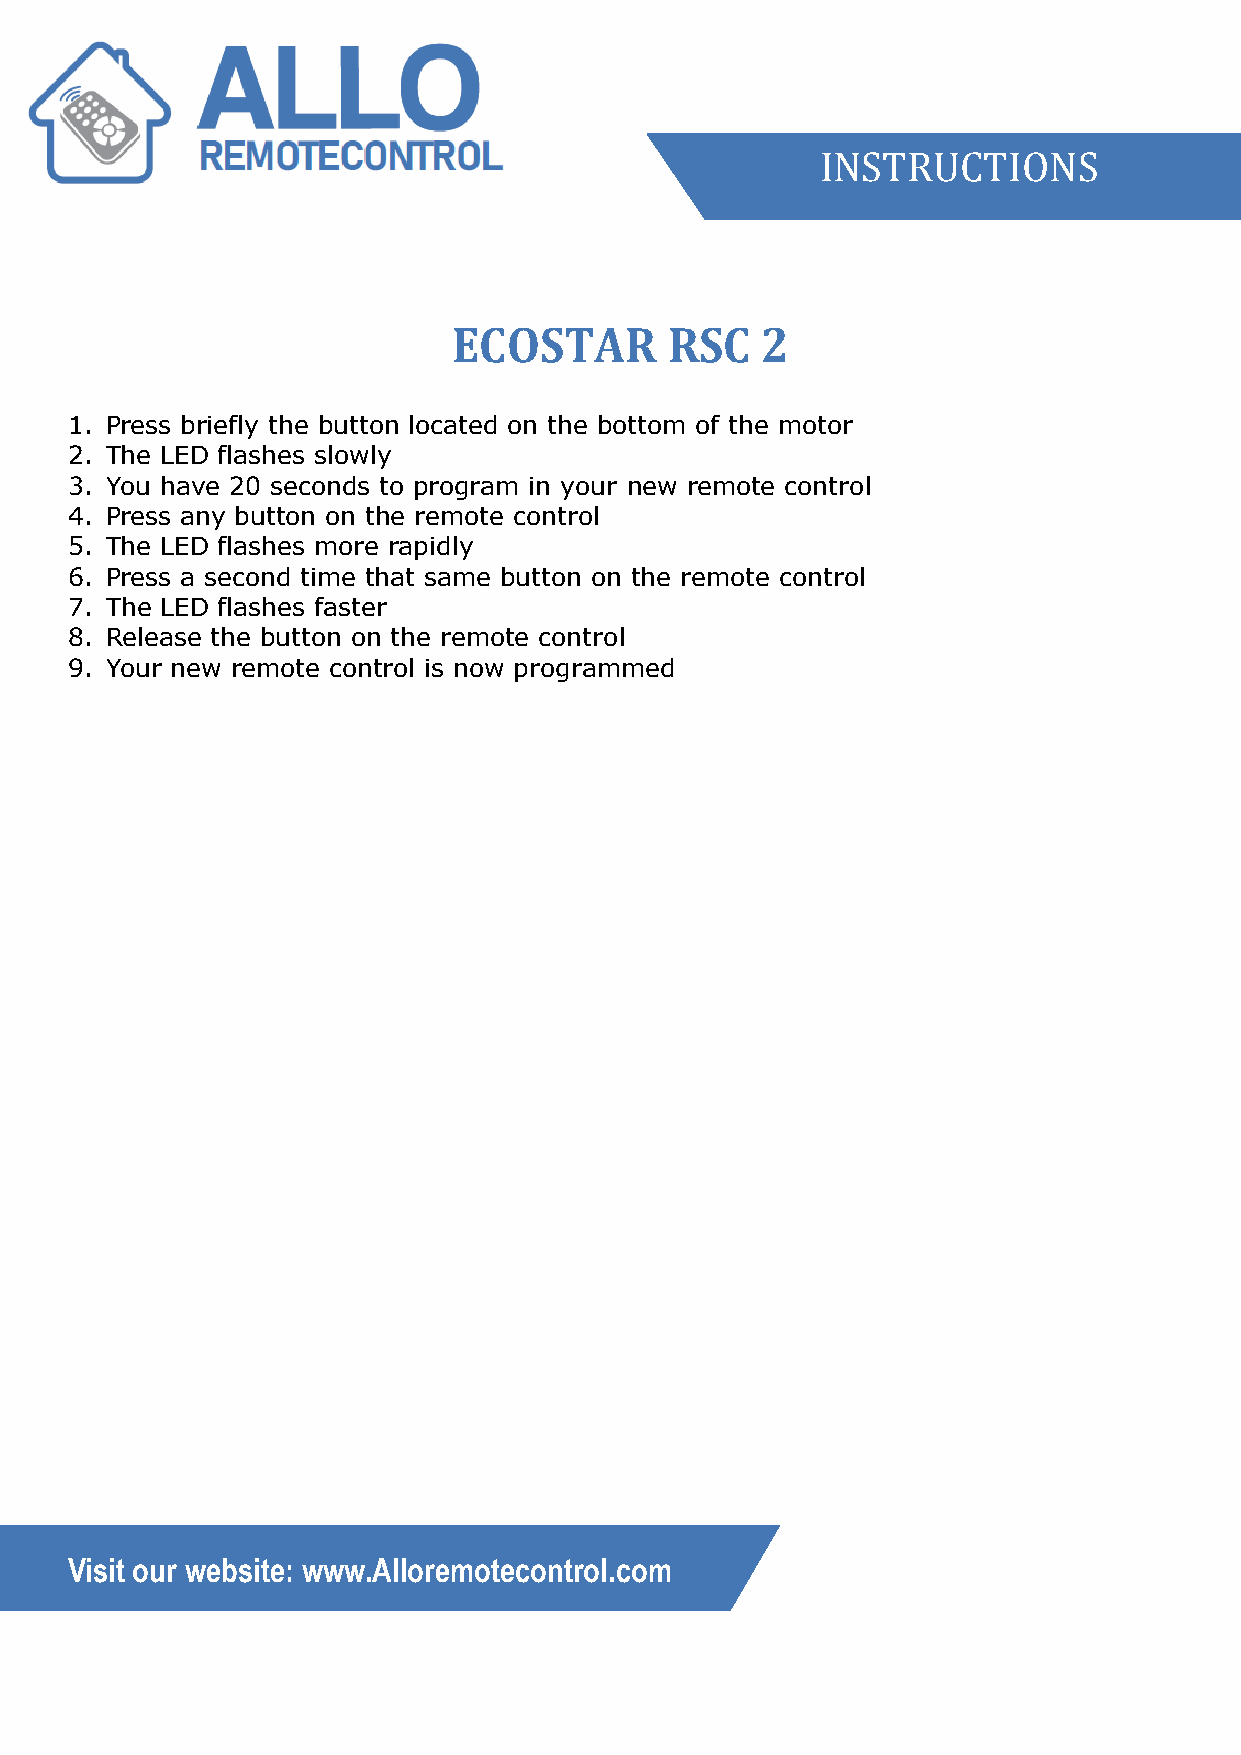
INSTRUCTIONS
 ECOSTAR       RSC   2
 1. Press briefly the button located on the bottom of the motor
 2. The LED flashes slowly
 3. You have 20 seconds to program in your new remote control
 4. Press any button on the remote control
 5. The LED flashes more rapidly
 6. Press a second time that same button on the remote control
 7. The LED flashes faster
 8. Release the button on the remote control
 9. Your new remote control is now programmed
 Visit our website: www.Alloremotecontrol.com